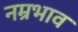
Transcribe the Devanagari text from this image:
नम्रभाव